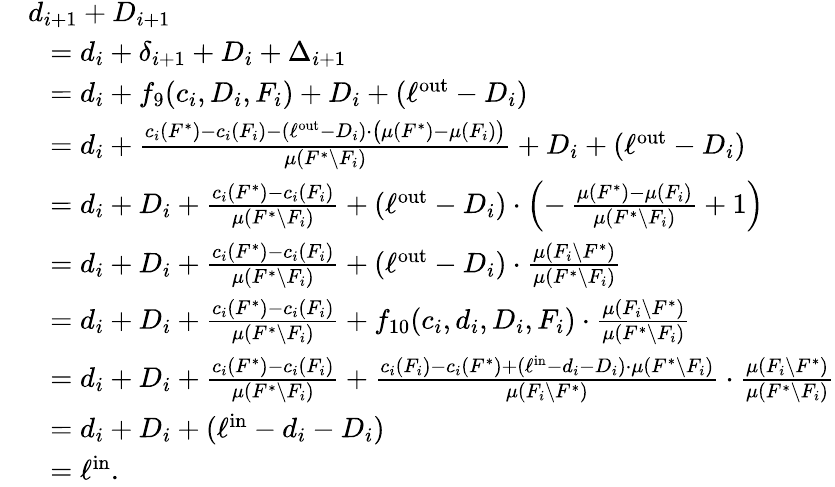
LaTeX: \begin{array}{rl}&{d_{i+1}+D_{i+1}}\\ {}&{~~=d_{i}+\delta_{i+1}+D_{i}+\Delta_{i+1}}\\ {}&{~~=d_{i}+f_{9}(c_{i},D_{i},F_{i})+D_{i}+(\ell^{\mathrm{out}}-D_{i})}\\ {}&{~~=d_{i}+\frac{c_{i}(F^{*})-c_{i}(F_{i})-(\ell^{\mathrm{out}}-D_{i})\cdot\big(\mu(F^{*})-\mu(F_{i})\big)}{\mu(F^{*}\setminus F_{i})}+D_{i}+(\ell^{\mathrm{out}}-D_{i})}\\ {}&{~~=d_{i}+D_{i}+\frac{c_{i}(F^{*})-c_{i}(F_{i})}{\mu(F^{*}\setminus F_{i})}+(\ell^{\mathrm{out}}-D_{i})\cdot\left(-\, \frac{\mu(F^{*})-\mu(F_{i})}{\mu(F^{*}\setminus F_{i})}+1\right)}\\ {}&{~~=d_{i}+D_{i}+\frac{c_{i}(F^{*})-c_{i}(F_{i})}{\mu(F^{*}\setminus F_{i})}+(\ell^{\mathrm{out}}-D_{i})\cdot\frac{\mu(F_{i}\setminus F^{*})}{\mu(F^{*}\setminus F_{i})}}\\ {}&{~~=d_{i}+D_{i}+\frac{c_{i}(F^{*})-c_{i}(F_{i})}{\mu(F^{*}\setminus F_{i})}+f_{10}(c_{i},d_{i},D_{i},F_{i})\cdot\frac{\mu(F_{i}\setminus F^{*})}{\mu(F^{*}\setminus F_{i})}}\\ {}&{~~=d_{i}+D_{i}+\frac{c_{i}(F^{*})-c_{i}(F_{i})}{\mu(F^{*}\setminus F_{i})}+\frac{c_{i}(F_{i})-c_{i}(F^{*})+(\ell^{\mathrm{in}}-d_{i}-D_{i})\cdot\mu(F^{*}\setminus F_{i})}{\mu(F_{i}\setminus F^{*})}\cdot\frac{\mu(F_{i}\setminus F^{*})}{\mu(F^{*}\setminus F_{i})}}\\ {}&{~~=d_{i}+D_{i}+(\ell^{\mathrm{in}}-d_{i}-D_{i})}\\ {}&{~~=\ell^{\mathrm{in}}.}\end{array}